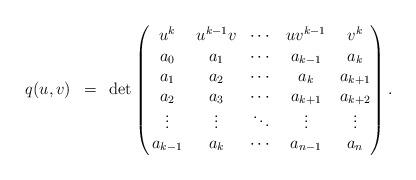
LaTeX: \begin{align*} q(u,v)\, \,\, = \,\,\, {\rm det} \begin{pmatrix}\, u^k & u^{k-1} v & \cdots & u v^{k-1} & v^k \\\, a_0 & a_1 & \cdots & a_{k-1} & a_k \\\, a_1 & a_2 & \cdots & a_{k} & a_{k+1} \\\, a_2 & a_3 & \cdots & a_{k+1} & a_{k+2} \\\, \vdots & \vdots & \ddots & \vdots & \vdots \\\, a_{k-1} & a_{k} & \cdots & a_{n-1} & a_n \end{pmatrix} .\end{align*}